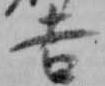
吉